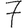
Digit: 7